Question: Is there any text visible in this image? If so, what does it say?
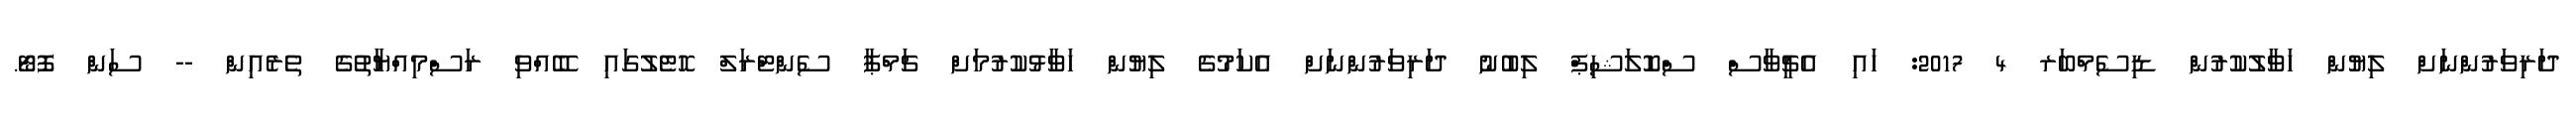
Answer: ދަރިވަރުންނަށް ލިޔުން ހަވާލުކުރުން ޑިސެމްބަރ 4 2017: ހައި އެޗީވާސް ސްކޮލަޝިޕް ލިބުނު ދަރިވަރުންނަށް އެކަމުގެ ލިޔުން ހަވާޅުކުރުމަށް ޗަމްޕާ ސެންޓްރަލް ހޮޓެލުގައި ބޭއްވި ރަސްމިއްޔާތުގެ ތެރެއިން -- ސަން ފޮޓޯ.